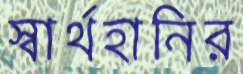
স্বার্থহানির